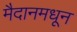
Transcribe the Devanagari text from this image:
मैदानमधून